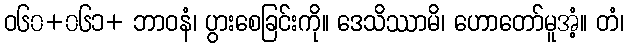
ဝ၆၀+၀၆၁+ ဘာဝနံ၊ ပွားစေခြင်းကို။ ဒေသိဿာမိ၊ ဟောတော်မူအံ့။ တံ၊